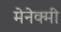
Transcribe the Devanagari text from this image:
मेनेक्मी